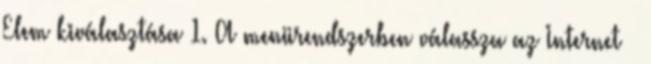
Elem kiválasztása 1. A menürendszerben válassza az Internet →